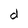
Character: d